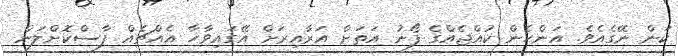
ކަން ނޭގެއެވެ. އަންހެން ކުއްޖެއްގެ ފޯނު އަތަށް އަރާއިރަށް އޭގައިވާހާ އެއްޗެއް ފާސްކޮށްލަން